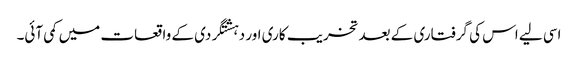
اسی لیے اس کی گرفتاری کے بعد تخریب کاری اور دہشتگردی کے واقعات میں کمی آئی۔